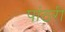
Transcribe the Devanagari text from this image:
पांठरी